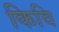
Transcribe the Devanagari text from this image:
किवि